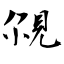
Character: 覙